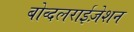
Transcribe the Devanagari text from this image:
बोव्दलराईज़ेशन